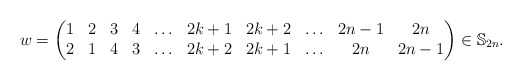
\begin{gather*}w = \begin{pmatrix} 1& 2& 3& 4&\ldots& 2k+1& 2k+2& \ldots& {2n-1}& 2n \\2& 1& 4& 3&\ldots& {2k+2}& {2k+1}& \ldots& 2n& {2n-1} \end{pmatrix}\in \mathbb{S}_{2n}.\end{gather*}